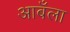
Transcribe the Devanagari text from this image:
आबँला